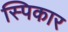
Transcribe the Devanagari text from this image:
स्पिकार